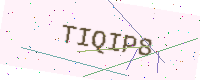
Text: TIQIP8